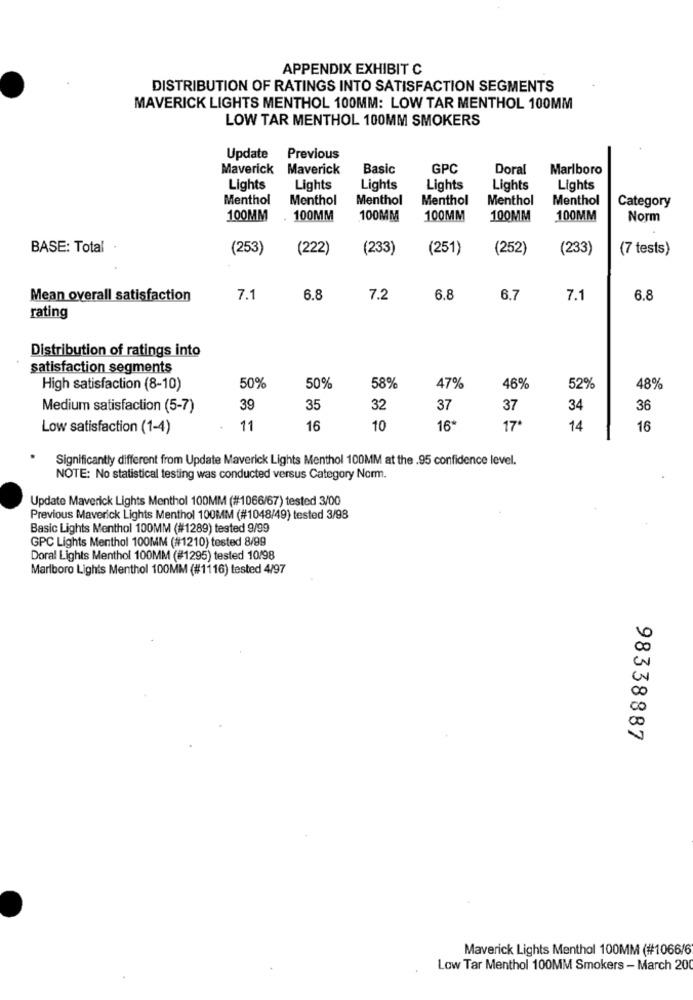
APPENDIX EXHIBIT C
DISTRIBUTION OF RATINGS INTO SATISFACTION SEGMENTS
MAVERICK LIGHTS MENTHOL 100MM: LOW TAR MENTHOL 100MM
LOW TAR MENTHOL 100MM SMOKERS
Update Previous
Maverick Maverick
Basic
GPC
Doral
Marlboro
Lights
Lights
Lights
Lights
Lights
Lights
Menthol
Menthol
Menthol
Menthol
Menthol
Menthol
Category
100MM
100MM
100MM
100MM
100MM
100MM
Norm
BASE: Total
(253)
(222)
(233)
(251)
(252)
(233)
(7 tests)
Mean overall satisfaction
7.1
6.8
7.2
6.8
6.7
7.1
6.8
rating
Distribution of ratings into
satisfaction segments
High satisfaction (8-10)
50%
50%
58%
47%
46%
52%
48%
Medium satisfaction (5-7)
39
35
32
37
37
34
36
Low satisfaction (1-4)
11
16
10
16
17ª
14
16
Significantly different from Update Maverick Lights Menthol 100MM at the .95 confidence level.
NOTE: No statistical testing was conducted versus Category Norm.
Update Maverick Lights Menthol 100MM (#1066/67) tested 3/00
Previous Maverick Lights Menthol 100MM (#1048/49) tested 3/98
Basic Lights Menthol 100MM (#1289) tested 9/99
GPC Lights Menthol 100MM (#1210) tested 8/99
Doral Lights Menthol 100MM (#1295) tested 10/98
Marlboro Lights Menthol 100MM (#1116) tested 4/97
00
CO
00
98338887
Maverick Lights Menthol 100MM (#1066/6
Low Tar Menthol 100MM Smokers - March 200